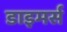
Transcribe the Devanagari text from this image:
डाइमर्स